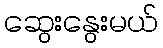
ဆွေးနွေးမယ်